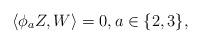
LaTeX: \begin{align*}\langle \phi _{a}Z,W\rangle =0,a\in \{2,3\}, \end{align*}